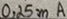
Text: 0.25mA